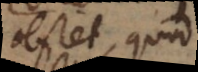
obstet, quod